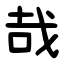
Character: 哉